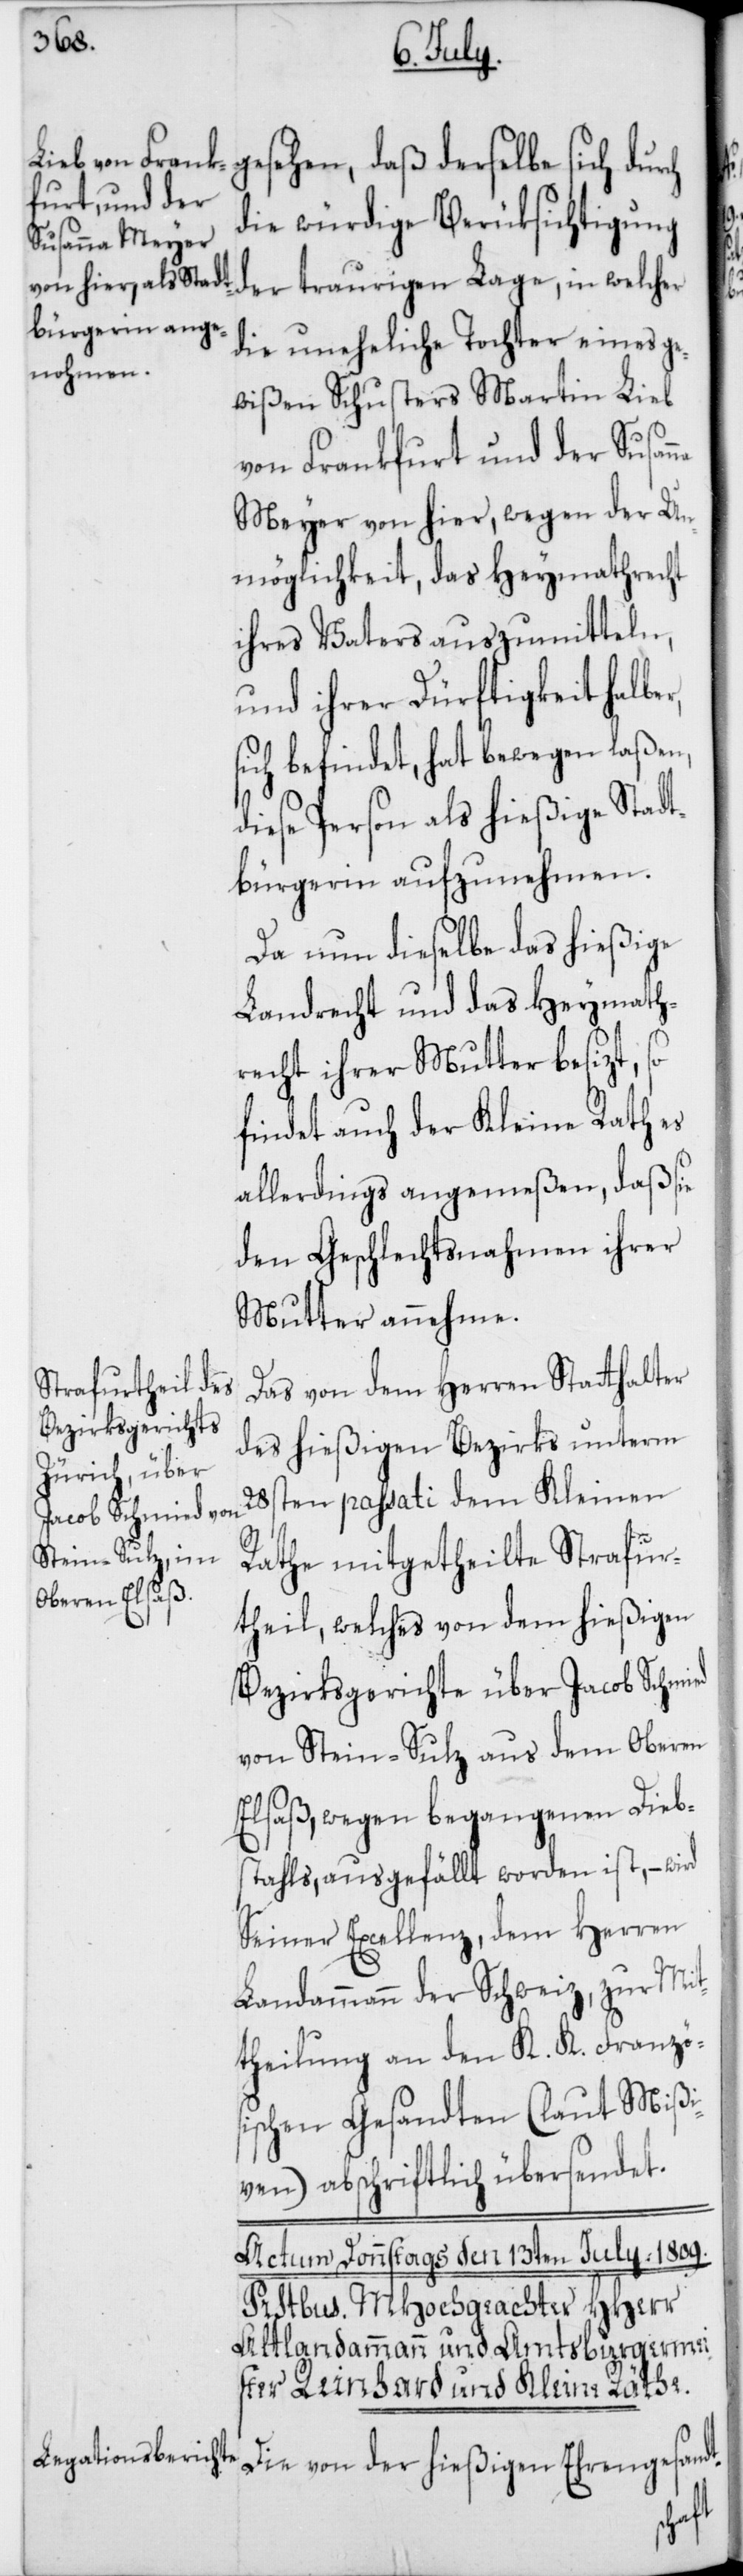
die würdige Berüksichtigung
der traurigen Lage, in welcher
die uneheliche Tochter eines ge¬
wißen Schusters Martin Lieb
von Frankfurt, und der Susan¬
Meyer von hier, wegen der Un¬
möglichkeit, das Heymathrecht
ihres Vaters auszumitteln,
und ihrer Dürftigkeit halber
sich befindet, hat bewegen laßen,
diese Person als hießige Stadt¬
bürgerin aufzunehmen.
Da nun dieselbe das hießige
Landrecht und das Heymath¬
recht ihrer Mutter besizt, so
findet auch der Kleine Rath es
allerdings angemeßen, daß sie
den Geschlechtsnahmen ihrer
Mutter annehme.
Das von dem Herren Stathalter
des hießigen Bezirks unterm
28sten passati dem Kleinen
Rathe mitgetheilte Strafur¬
theil, welches von dem hießigen
Bezirksgerichte über Jacob Schmied
von Stein-Sulz aus dem Oberen
Elsaß, wegen begangenen Diebs¬
tahls, ausgefällt worden ist, – wird
Seiner Excellenz, dem Herren
Landammann der Schweiz, zur Mit¬
theilung an den K. K. Französ¬
ischen Gesandten (laut Mißi¬
ven) abschriftlich übersendet.
Die von der hießigen Ehrengesandt-
na